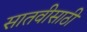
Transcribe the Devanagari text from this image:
सातवीसाठी